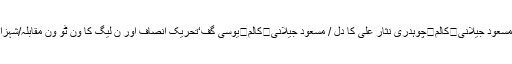
/نادیہ سحرنادی کالم	گرلز کالج چک بیلی خان اور سیاسی انتقام/مسعود جیلانی	کالم	چوہدری نثار علی کا دل / مسعود جیلانی	کالم	یوسی گف‘تحریک انصاف اور ن لیگ کا ون ٹو ون مقابلہ/شہزاد رضا	کالم	یمن بحران کو سفارتی طریقے سے حل کیا جائے!